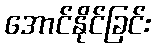
အောင်နိုင်ခြင်း